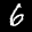
Label: 6